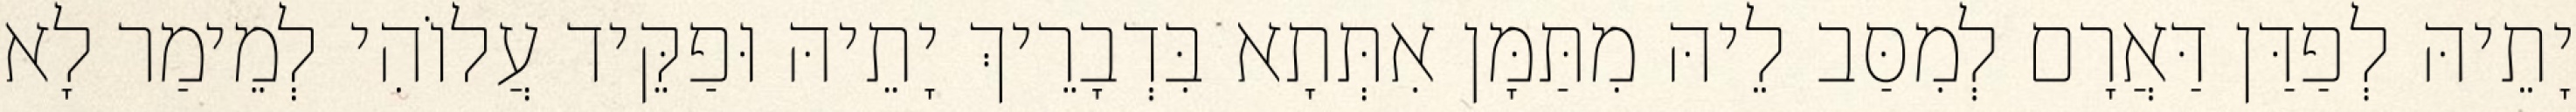
יָתֵיהּ לְפַדַּן דַּאֲרָם לְמִסַּב לֵיהּ מִתַּמָּן אִתְּתָא בִּדְבָרֵיךְ יָתֵיהּ וּפַקֵּיד עֲלוֹהִי לְמֵימַר לָא